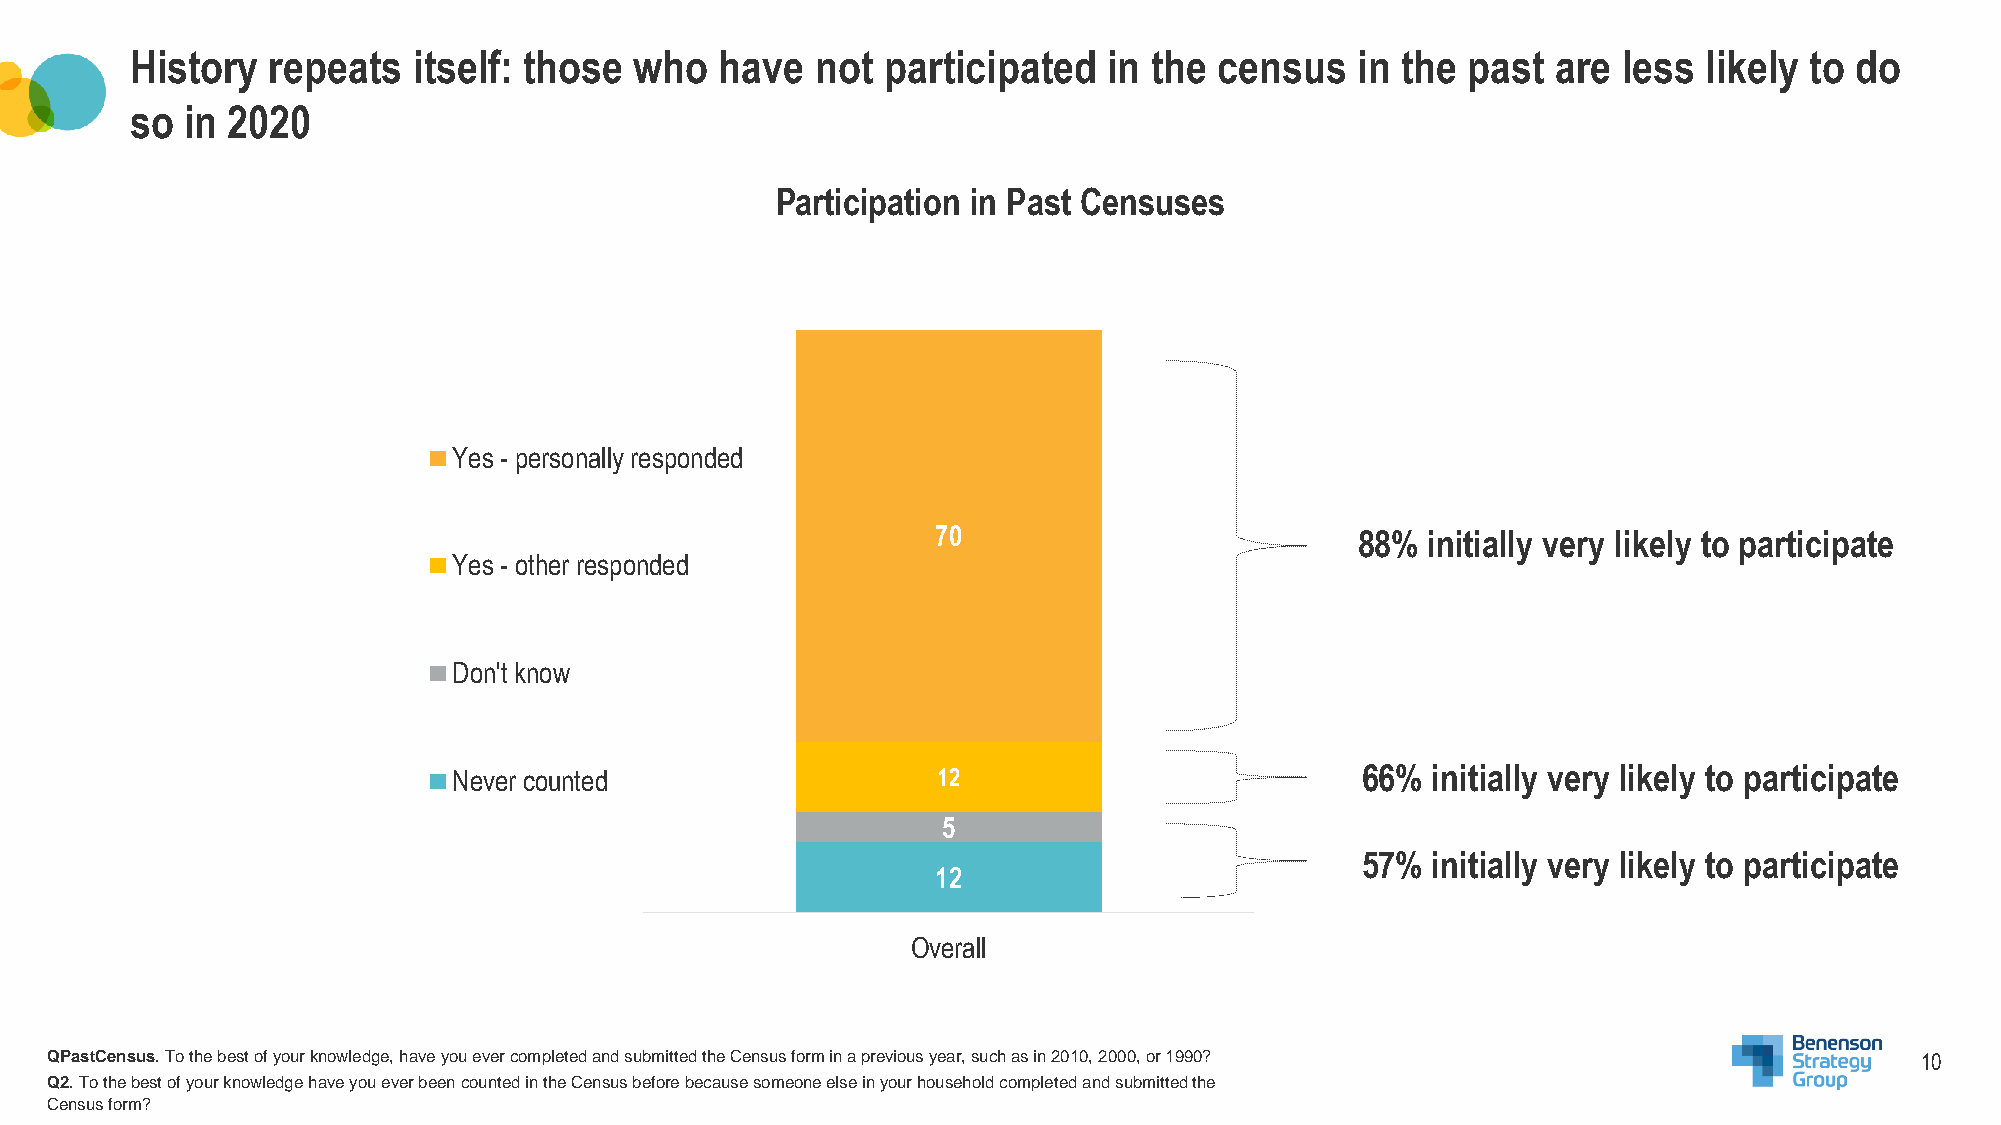
History  repeats  itself: those  who   have  not  participated  in the  census   in the past  are less  likely to do
 so in 2020
 Participation in Past Censuses
 Yes - personally responded
 70                          88%  initially very likely to participate
 Yes - other responded
 Don't know
 Never counted                   12                          66%  initially very likely to participate
 5
 57%  initially very likely to participate
 12
 Overall
 QPastCensus. To the best of your knowledge, have you ever completed and submitted the Census form in a previous year, such as in 2010, 2000, or 1990? 10
 Q2. To the best of your knowledge have you ever been counted in the Census before because someone else in your household completedand submitted the
 Census form?